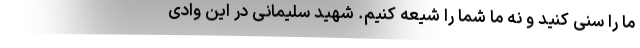
ما را سنی کنید و نه ما شما را شیعه کنیم. شهید سلیمانی در این وادی